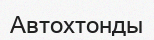
Автохтонды